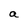
Character: a